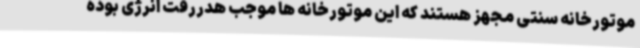
موتورخانه سنتی مجهز هستند که این موتورخانه ها موجب هدررفت انرژی بوده